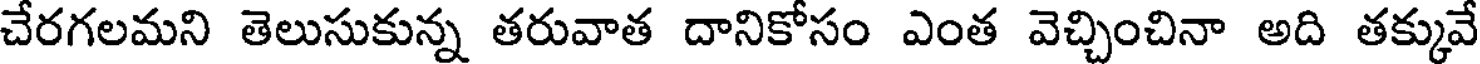
చేరగలమని తెలుసుకున్న తరువాత దానికోసం ఎంత వెచ్చించినా అది తక్కువే